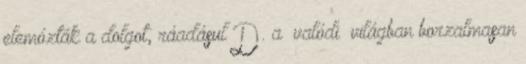
elemózták a dolgot, ráadásul D. a “valódi” világban borzalmasan